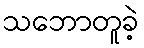
သဘောတူခဲ့